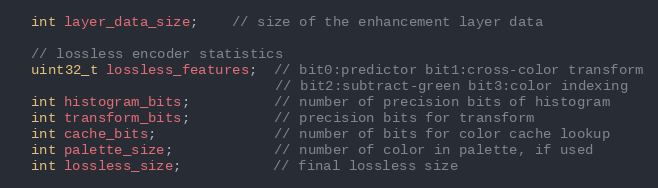
Language: C
  int layer_data_size;    // size of the enhancement layer data

  // lossless encoder statistics
  uint32_t lossless_features;  // bit0:predictor bit1:cross-color transform
                               // bit2:subtract-green bit3:color indexing
  int histogram_bits;          // number of precision bits of histogram
  int transform_bits;          // precision bits for transform
  int cache_bits;              // number of bits for color cache lookup
  int palette_size;            // number of color in palette, if used
  int lossless_size;           // final lossless size